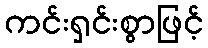
ကင်းရှင်းစွာဖြင့်